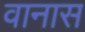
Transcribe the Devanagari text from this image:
वानास